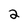
Character: 2